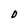
Character: O